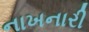
નાખનારી